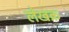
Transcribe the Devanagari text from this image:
लेखक्र